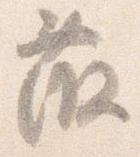
藤